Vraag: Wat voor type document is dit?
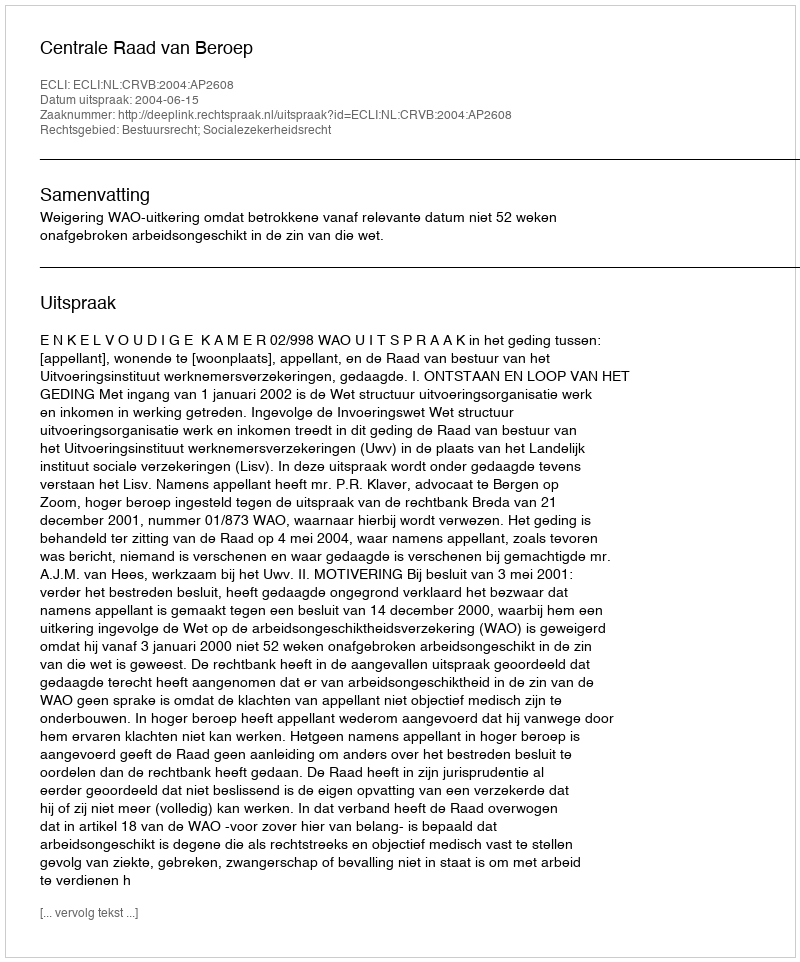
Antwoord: Uitspraak